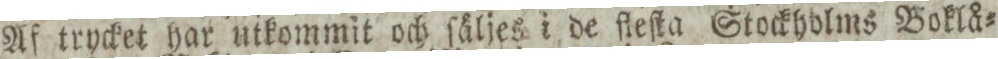
Af trycket har utkommit och ſäljes i de fleſta Stockholms Boklå=